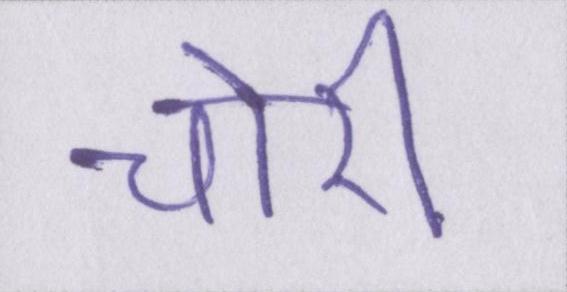
चोरी